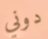
دوني